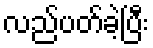
လည်ပတ်ခဲ့ပြီး